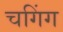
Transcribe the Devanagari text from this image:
चगिंग